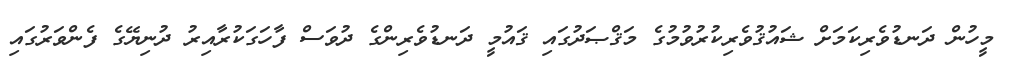
މީހުން ދަނޑުވެރިކަމަށް ޝައުޤުވެރިކުރުވުމުގެ މަޤްޞަދުގައި ޤައުމީ ދަނޑުވެރިންގެ ދުވަސް ފާހަގަކުރާއިރު ދުނިޔޭގެ ފެންވަރުގައި